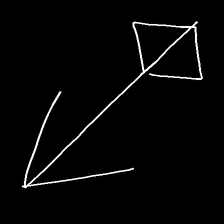
Glyph: focus